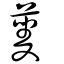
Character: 蓌